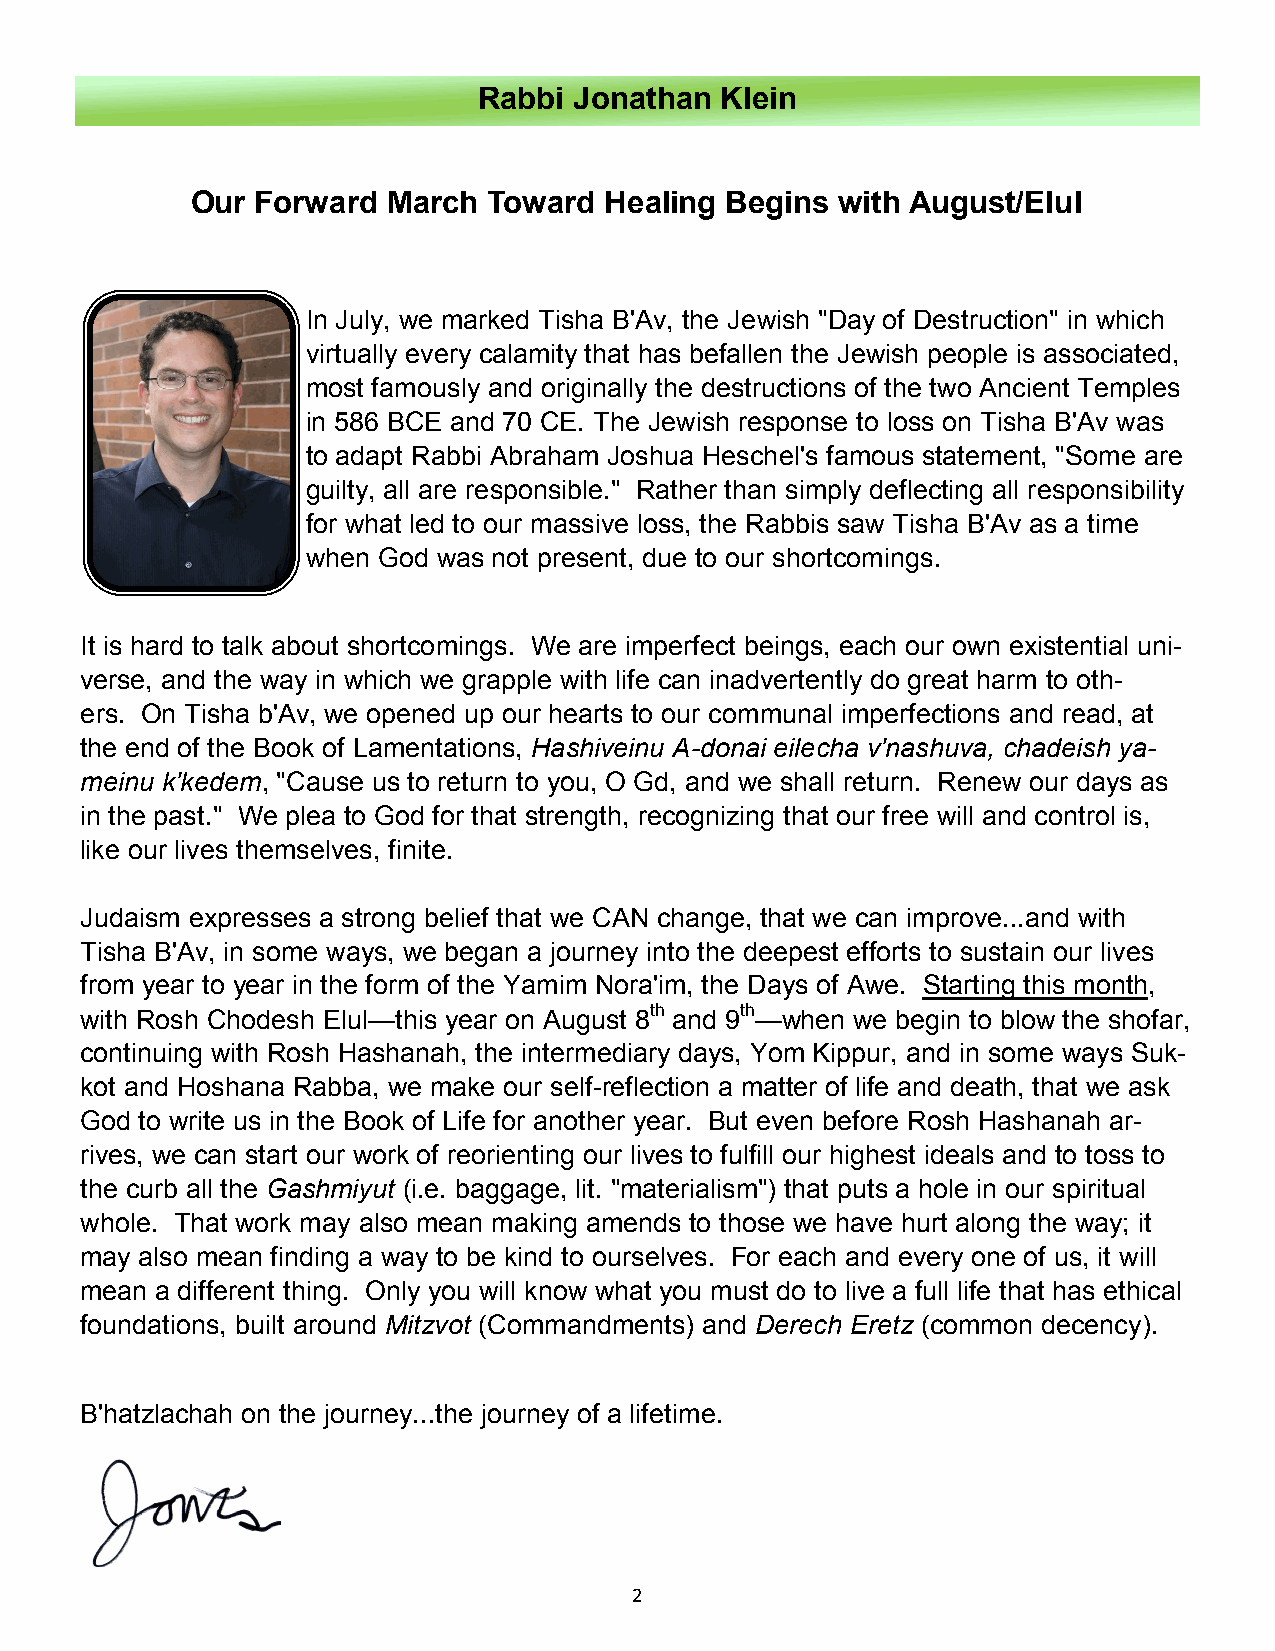
Rabbi Jonathan  Klein
 Our Forward  March Toward  Healing Begins  with August/Elul
 In July, we marked Tisha B'Av, the Jewish "Day of Destruction" in which
 virtually every calamity that has befallen the Jewish people is associated,
 most famously and originally the destructions of the two Ancient Temples
 in 586 BCE and 70 CE. The Jewish response to loss on Tisha B'Av was
 to adapt Rabbi Abraham Joshua Heschel's famous statement, "Some are
 guilty, all are responsible." Rather than simply deflecting all responsibility
 for what led to our massive loss, the Rabbis saw Tisha B'Av as a time
 when God was not present, due to our shortcomings.
 It is hard to talk about shortcomings. We are imperfect beings, each our own existential uni-
 verse, and the way in which we grapple with life can inadvertently do great harm to oth-
 ers. On Tisha b'Av, we opened up our hearts to our communal imperfections and read, at
 the end of the Book of Lamentations, Hashiveinu A-donai eilecha v'nashuva, chadeish ya-
 meinu k'kedem, "Cause us to return to you, O Gd, and we shall return. Renew our days as
 in the past." We plea to God for that strength, recognizing that our free will and control is,
 like our lives themselves, finite.
 Judaism expresses a strong belief that we CAN change, that we can improve...and with
 Tisha B'Av, in some ways, we began a journey into the deepest efforts to sustain our lives
 from year to year in the form of the Yamim Nora'im, the Days of Awe. Starting this month,
 with Rosh Chodesh Elul—this year on August 8th and 9th—when we begin to blow the shofar,
 continuing with Rosh Hashanah, the intermediary days, Yom Kippur, and in some ways Suk-
 kot and Hoshana Rabba, we make our self-reflection a matter of life and death, that we ask
 God to write us in the Book of Life for another year. But even before Rosh Hashanah ar-
 rives, we can start our work of reorienting our lives to fulfill our highest ideals and to toss to
 the curb all the Gashmiyut (i.e. baggage, lit. "materialism") that puts a hole in our spiritual
 whole. That work may also mean making amends to those we have hurt along the way; it
 may also mean finding a way to be kind to ourselves. For each and every one of us, it will
 mean a different thing. Only you will know what you must do to live a full life that has ethical
 foundations, built around Mitzvot (Commandments) and Derech Eretz (common decency).
 B'hatzlachah on the journey...the journey of a lifetime.
 2